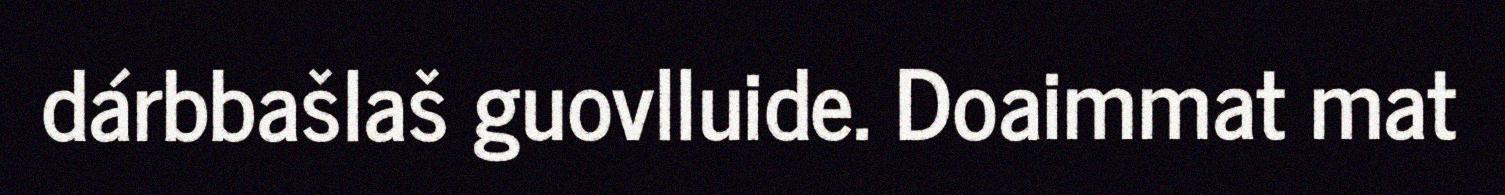
dárbbašlaš guovlluide. Doaimmat mat